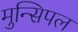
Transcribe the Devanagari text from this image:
मुन्सिपल